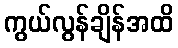
ကွယ်လွန်ချိန်အထိ